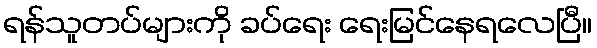
ရန်သူတပ်များကို ခပ်ရေး ရေးမြင်နေရလေပြီ။